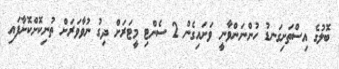
ބޮލުގެ އިސްތަށިގަނޑު ހުންނަންވާނީ ވަށައިގެން 2 ސެންޓި މީޓަރަށް ދިގު ނުވާވަރަށް ތުނިކޮށްކޮށާފައި